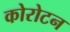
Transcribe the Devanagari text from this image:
कोरोटन